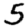
Digit: 5